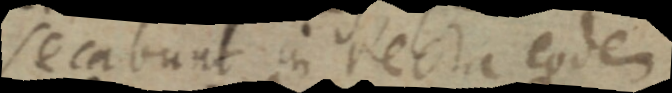
secabunt in recta eodem